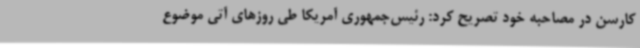
کارسن در مصاحبه خود تصریح کرد: رئیس‌جمهوری آمریکا طی روزهای آتی موضوع